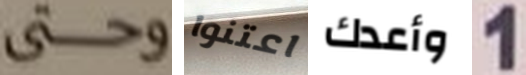
وحتى اعتنوا وأعدك 1